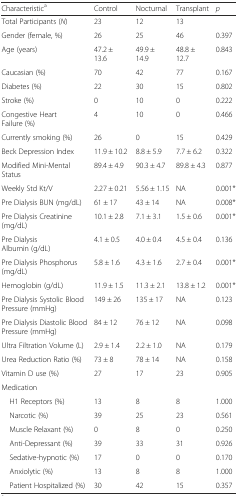
<table><thead><tr><td><b>Characteristic<sup>a</sup></b></td><td><b>Control</b></td><td><b>Nocturnal</b></td><td><b>Transplant</b></td><td><b><i>p</i></b></td></tr></thead><tbody><tr><td>Total Participants (<i>N</i>)</td><td>23</td><td>12</td><td>13</td><td></td></tr><tr><td>Gender (female, %)</td><td>26</td><td>25</td><td>46</td><td>0.397</td></tr><tr><td>Age (years)</td><td>47.2 ± 13.6</td><td>49.9 ± 14.9</td><td>48.8 ± 12.7</td><td>0.843</td></tr><tr><td>Caucasian (%)</td><td>70</td><td>42</td><td>77</td><td>0.167</td></tr><tr><td>Diabetes (%)</td><td>22</td><td>30</td><td>15</td><td>0.802</td></tr><tr><td>Stroke (%)</td><td>0</td><td>10</td><td>0</td><td>0.222</td></tr><tr><td>Congestive Heart Failure (%)</td><td>4</td><td>10</td><td>0</td><td>0.466</td></tr><tr><td>Currently smoking (%)</td><td>26</td><td>0</td><td>15</td><td>0.429</td></tr><tr><td>Beck Depression Index</td><td>11.9 ± 10.2</td><td>8.8 ± 5.9</td><td>7.7 ± 6.2</td><td>0.322</td></tr><tr><td>Modified Mini-Mental Status</td><td>89.4 ± 4.9</td><td>90.3 ± 4.7</td><td>89.8 ± 4.3</td><td>0.877</td></tr><tr><td>Weekly Std Kt/V</td><td>2.27 ± 0.21</td><td>5.56 ± 1.15</td><td>NA</td><td>0.001*</td></tr><tr><td>Pre Dialysis BUN (mg/dL)</td><td>61 ± 17</td><td>43 ± 14</td><td>NA</td><td>0.008*</td></tr><tr><td>Pre Dialysis Creatinine (mg/dL)</td><td>10.1 ± 2.8</td><td>7.1 ± 3.1</td><td>1.5 ± 0.6</td><td>0.001*</td></tr><tr><td>Pre Dialysis Albumin (g/dL)</td><td>4.1 ± 0.5</td><td>4.0 ± 0.4</td><td>4.5 ± 0.4</td><td>0.136</td></tr><tr><td>Pre Dialysis Phosphorus (mg/dL)</td><td>5.8 ± 1.6</td><td>4.3 ± 1.6</td><td>2.7 ± 0.4</td><td>0.001*</td></tr><tr><td>Hemoglobin (g/dL)</td><td>11.9 ± 1.5</td><td>11.3 ± 2.1</td><td>13.8 ± 1.2</td><td>0.001*</td></tr><tr><td>Pre Dialysis Systolic Blood Pressure (mmHg)</td><td>149 ± 26</td><td>135 ± 17</td><td>NA</td><td>0.123</td></tr><tr><td>Pre Dialysis Diastolic Blood Pressure (mmHg)</td><td>84 ± 12</td><td>76 ± 12</td><td>NA</td><td>0.098</td></tr><tr><td>Ultra Filtration Volume (L)</td><td>2.9 ± 1.4</td><td>2.2 ± 1.0</td><td>NA</td><td>0.179</td></tr><tr><td>Urea Reduction Ratio (%)</td><td>73 ± 8</td><td>78 ± 14</td><td>NA</td><td>0.158</td></tr><tr><td>Vitamin D use (%)</td><td>27</td><td>17</td><td>23</td><td>0.905</td></tr><tr><td>Medication</td><td></td><td></td><td></td><td></td></tr><tr><td> H1 Receptors (%)</td><td>13</td><td>8</td><td>8</td><td>1.000</td></tr><tr><td> Narcotic (%)</td><td>39</td><td>25</td><td>23</td><td>0.561</td></tr><tr><td> Muscle Relaxant (%)</td><td>0</td><td>8</td><td>0</td><td>0.250</td></tr><tr><td> Anti-Depressant (%)</td><td>39</td><td>33</td><td>31</td><td>0.926</td></tr><tr><td> Sedative-hypnotic (%)</td><td>17</td><td>0</td><td>0</td><td>0.170</td></tr><tr><td> Anxiolytic (%)</td><td>13</td><td>8</td><td>8</td><td>1.000</td></tr><tr><td> Patient Hospitalized (%)</td><td>30</td><td>42</td><td>15</td><td>0.357</td></tr></tbody></table>